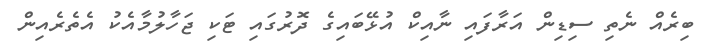
ބިރެއް ނެތި ސިޑިން އަރާފައި ނާއިކް އުޅޭބައިގެ ދޮރުގައި ޓަކި ޖަހާލުމާއެކު އެތެރެއިން